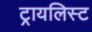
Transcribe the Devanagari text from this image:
ट्रायलिस्ट